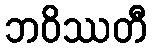
ဘဝိဿတီ